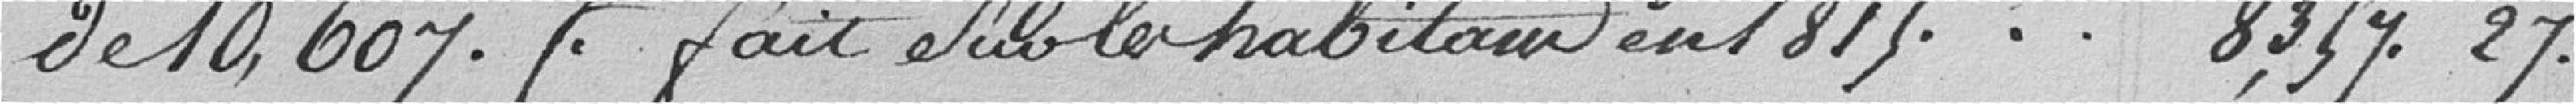
de 10607 francs fait par les habitants en 1815.